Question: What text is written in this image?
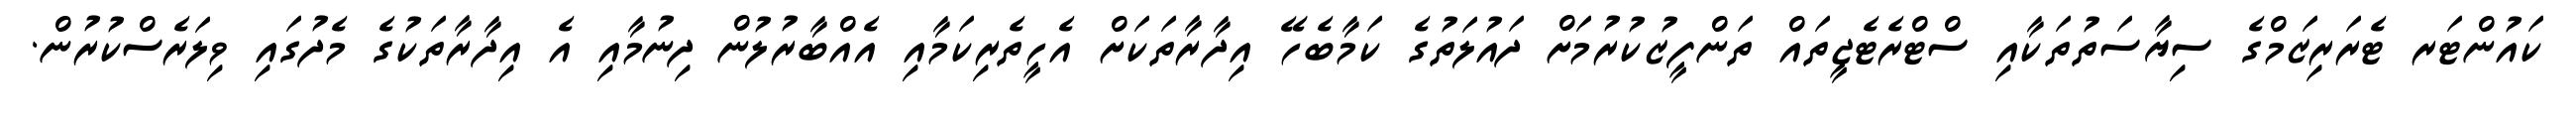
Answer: ކައުންޓަރ ޓެރަރިޒަމްގެ ސިޔާސަތުތަކާއި ސްޓްރެޓެޖީތައް ތަންފީޒުކުރުމަށް ދައުލަތުގެ ކަމާބެހޭ އިދާރާތަކަށް އެހީތެރިކަމާއި އެއްބާރުލުން ދިނުމާއި އެ އިދާރާތަކުގެ މެދުގައި ވިލަރެސްކުރުން.